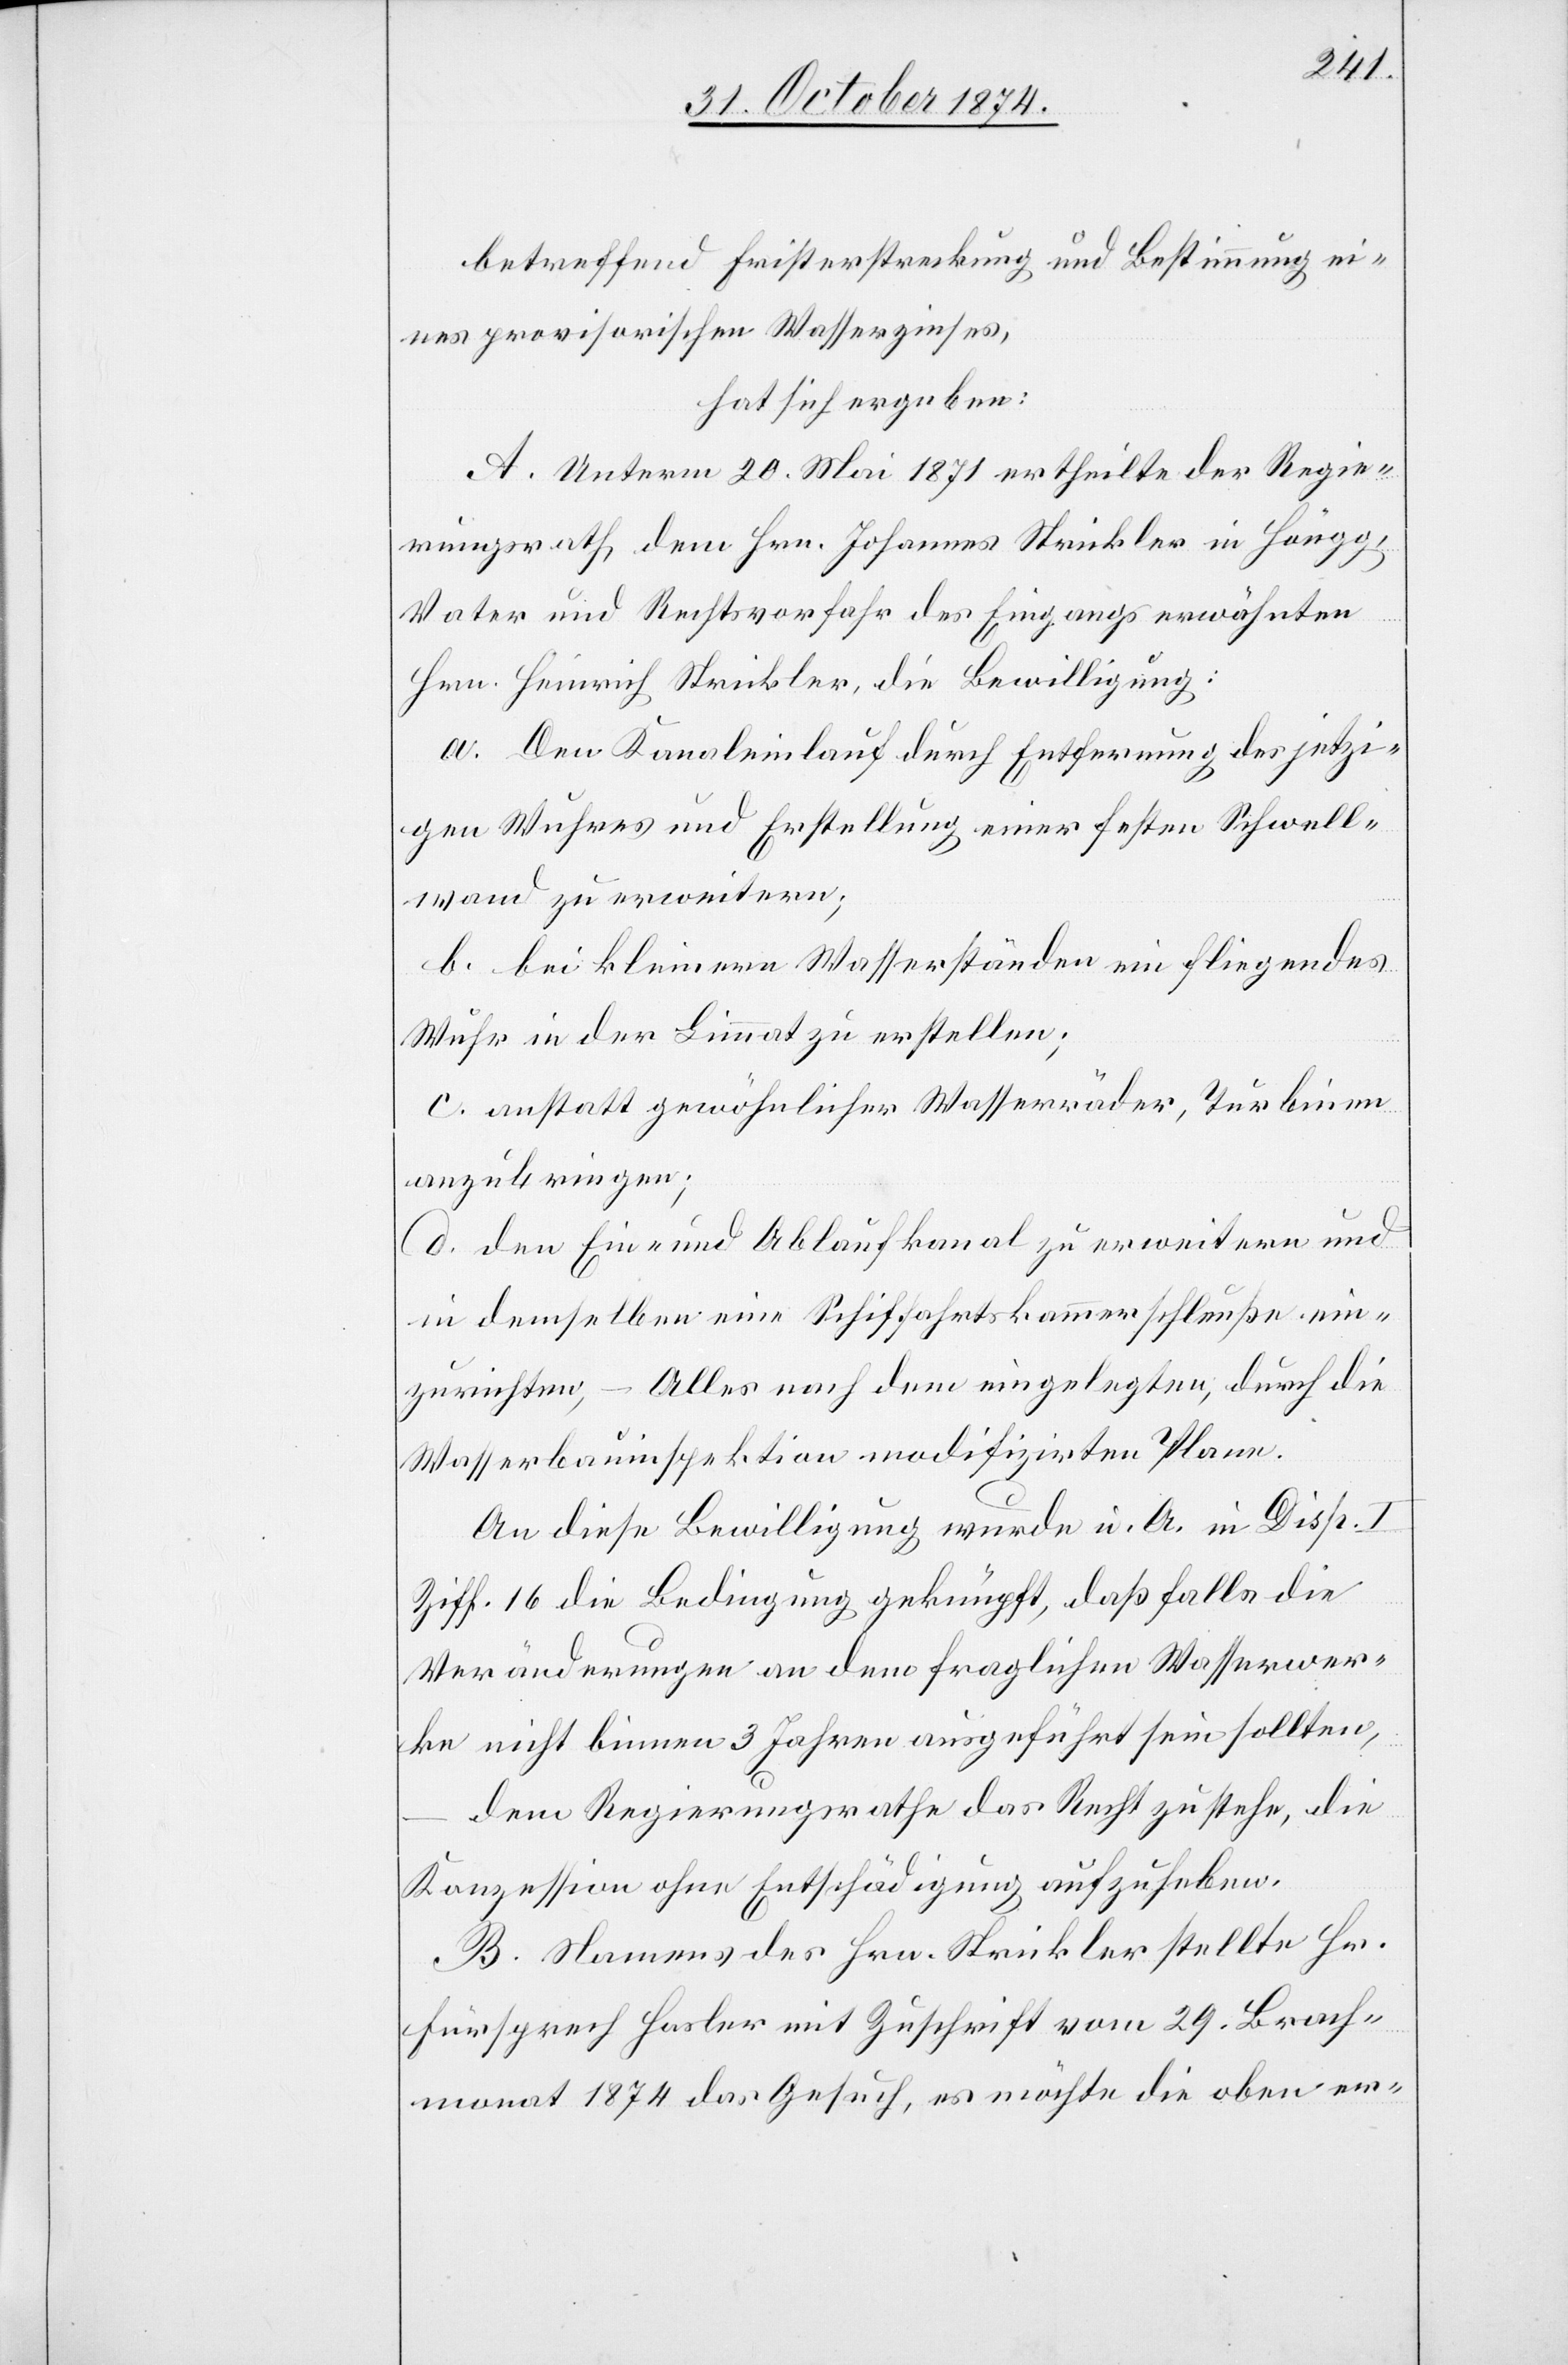
betreffend Fristerstreckung und Bestimmung ei¬
nes provisorischen Wasserzinses,
hat sich ergeben:
A. Unterm 20. Mai 1871 ertheilte der Regie¬
rungsrath dem Hrn. Johannes Strickler in Höngg,
Vater und Rechtsvorfahr des Eingangs erwähnten
Hrn. Heinrich Strickler, die Bewilligung:
a. Den Kanaleinlauf durch Entfernung des jetzi¬
gen Wuhres und Erstellung einer festen Schwell¬
wand zu erweitern;
b. bei kleinern Wasserständen ein fliegendes
Wuhr in der Limmat zu erstellen;
c. anstatt gewöhnlicher Wasserräder, Turbinen
anzubringen;
d. den Ein- und Ablaufkanal zu erweitern und
in demselben eine Schiffahrtskammerschleuße ein¬
zurichten, – Alles nach dem eingelegten, durch die
Wasserbauinspektion modifizirten Plane.
An diese Bewilligung wurde u. A. in Disp. I
Ziff. 16 die Bedingung geknüpft, daß falls die
Veränderungen an dem fraglichen Wasserwer¬
ke nicht binnen 3 Jahren ausgeführt sein sollten,
dem Regierungsrathe das Recht zustehe, die
Konzession ohne Entschädigung aufzuheben.
B. Namens des Hrn. Strickler stellte Hr.
Fürsprech Hasler mit Zuschrift vom 29. Brach¬
monat 1874 das Gesuch, es möchte die oben er-